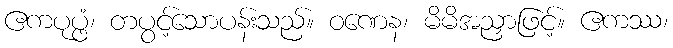
ဧကပုပ္ဖံ၊ တပွင့်သောပန်းသည်။ ဝဏေန၊ မိမိအညှာဖြင့်။ ဧကဿ၊